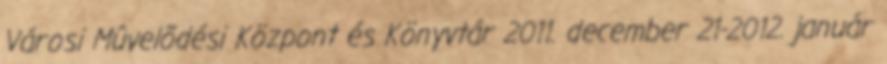
Városi Mûvelõdési Központ és Könyvtár 2011. december 21-2012. január